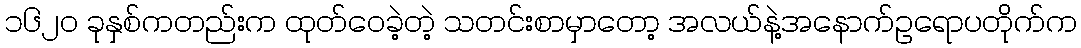
၁၆၂၀ ခုနှစ်ကတည်းက ထုတ်ဝေခဲ့တဲ့ သတင်းစာမှာတော့ အလယ်နဲ့အနောက်ဥရောပတိုက်က